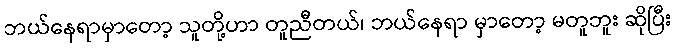
ဘယ်နေရာမှာတော့ သူတို့ဟာ တူညီတယ်၊ ဘယ်နေရာ မှာတော့ မတူဘူး ဆိုပြီး